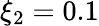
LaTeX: \xi_{2}=0.1